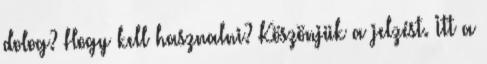
dolog? Hogy kell hasznalni? Köszönjük a jelzést. Itt a